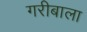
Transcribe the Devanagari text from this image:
गरीबाला